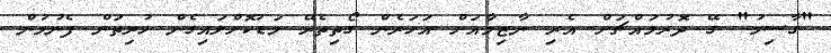
"ގާސިމު" ގޭ ދޮރުމައްޗަށް އެރި ނާޒިމާއަށް އަހަރެން ގޯތިތެރޭ މަޑުކޮށްލައިގެން ހުރިތަން ފެނުމުން